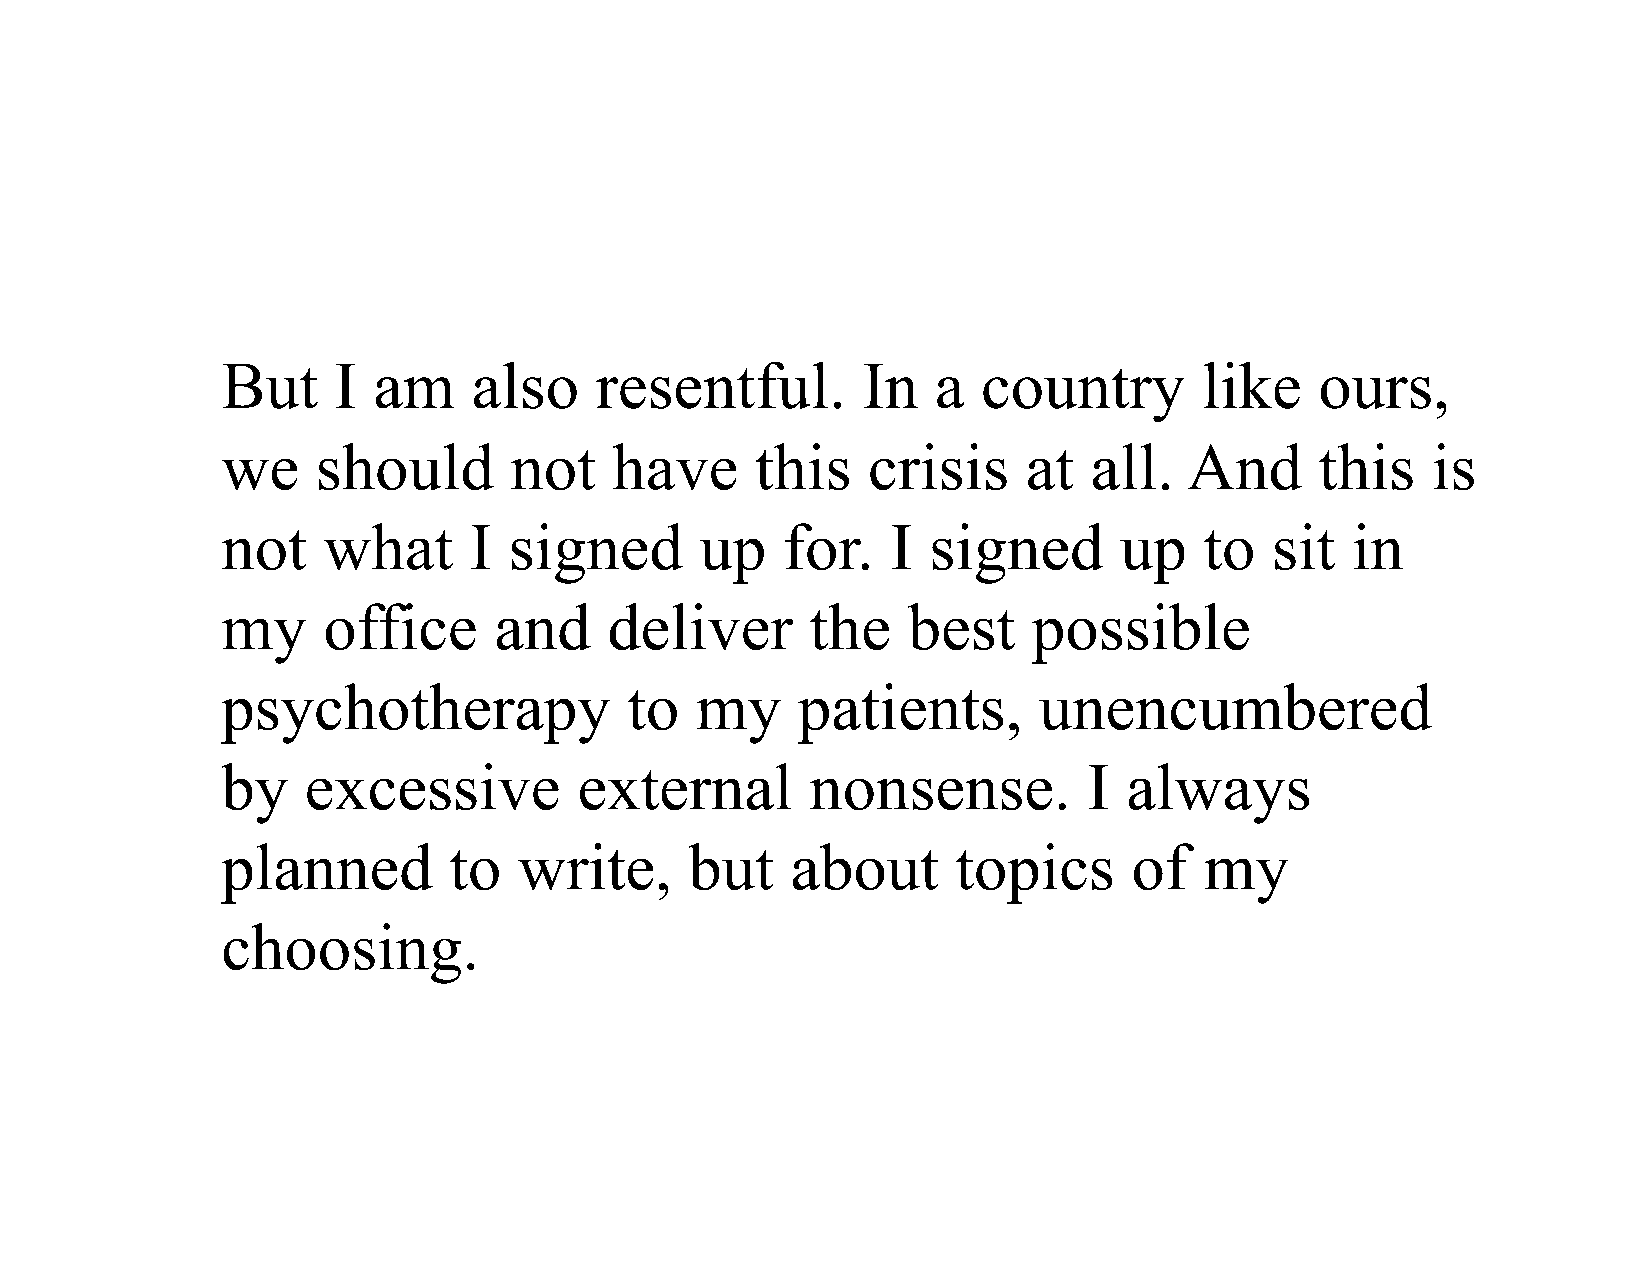
But    I  am    also    resentful.        In   a  country        like   ours,
 we    should       not    have     this   crisis     at  all.   And     this    is
 not   what      I  signed      up    for.   I signed       up    to  sit  in
 my    office      and    deliver       the   best    possible
 psychotherapy              to  my     patients,       unencumbered
 by   excessive         external        nonsense.         I  always
 planned        to  write,      but   about      topics      of   my
 choosing.